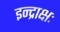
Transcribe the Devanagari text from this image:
इन्द्राक्षः